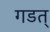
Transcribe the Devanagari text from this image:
गडत्